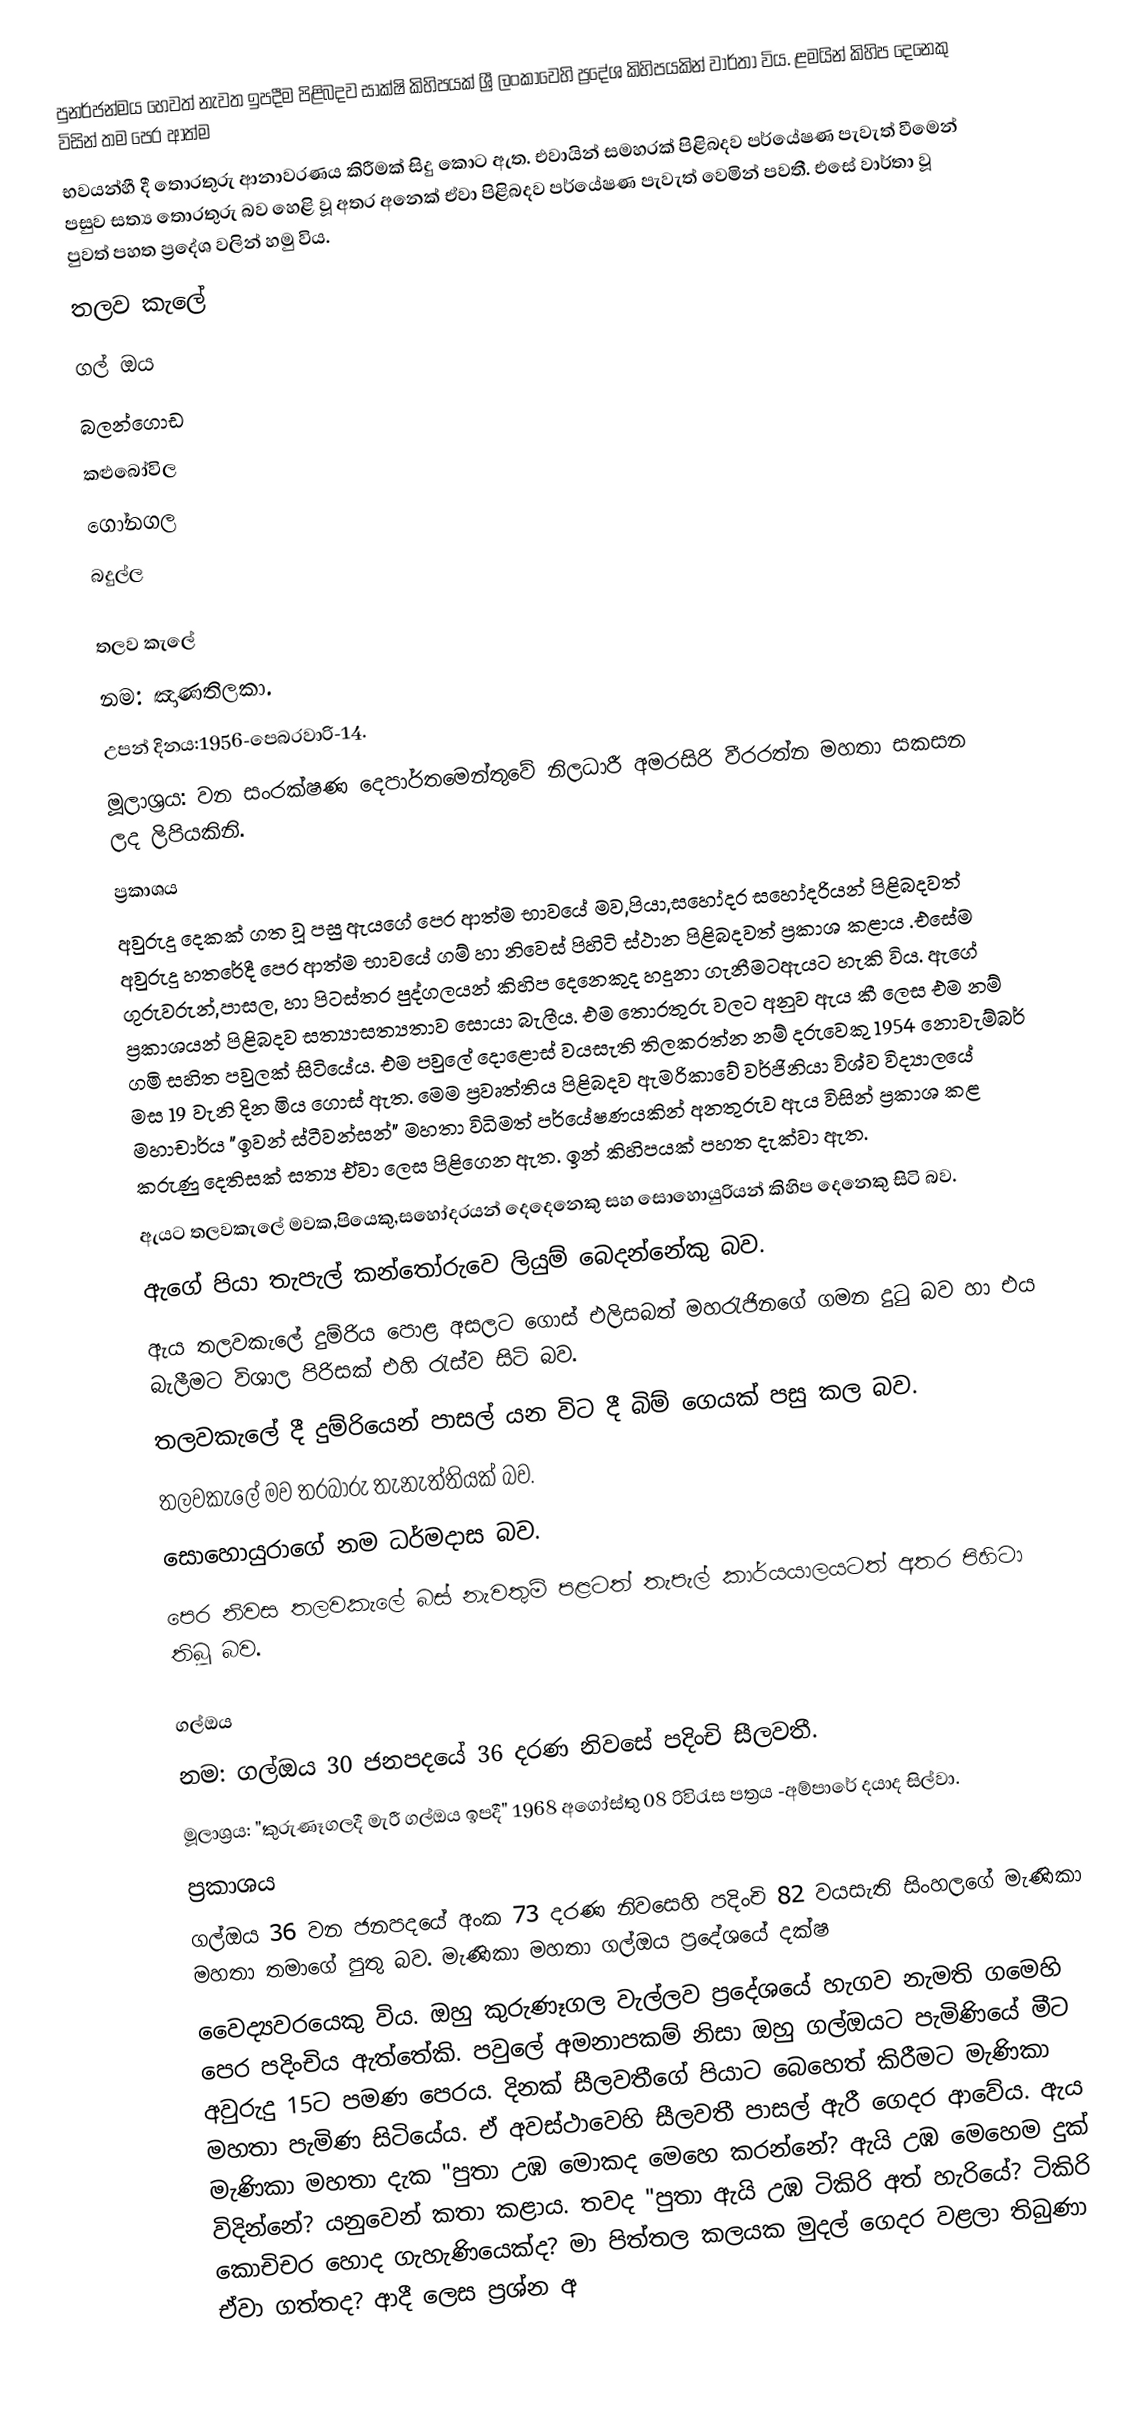
පුනර්ජන්මය හෙවත් නැවත ඉපදීම පිළිබදව සාක්ෂි කිහිපයක් ශ්‍රී ලංකාවෙහි ප්‍ර‍දේශ කිහිපයකින් වාර්තා විය. ළමයින් කිහිප දෙනෙකු විසින් තම පෙර ආත්ම
භවයන්හී දී  තොරතුරු ආනාවරණය කිරීමක් සිදු කොට ඇත. එවායින් සමහරක් පිළිබදව පර්යේෂණ පැවැත් වීමෙන් පසුව සත්‍ය තොරතුරු බව හෙළි වූ අතර අනෙක් ඒවා පිළිබදව පර්යේෂණ පැවැත් වෙමින් පවතී. එසේ වාර්තා වූ පුවත් පහත ප්‍රදේශ වලින් හමු විය.
තලව කැලේ
ගල් ඔය
බලන්ගොඩ
කළුබෝවිල
ගෝනගල
බදුල්ල

තලව කැලේ
නම: ඤාණතිලකා.
උපන් දිනය:1956-පෙබරවාරි-14.
මූලාශ්‍රය: වන සංරක්ෂණ දෙපාර්ත‍මෙන්තුවේ නිලධාරී අමරසිරි වීරරත්න මහතා සකසන ලද ලිපියකිනි.
ප්‍රකාශය
අවුරුදු දෙකක් ගත වූ පසු ඇයගේ පෙර ආත්ම භාවයේ මව,පියා,සහෝදර සහෝදරියන් පිළිබදවත් අවුරුදු හතරේදී  පෙර ආත්ම භාවයේ ගම් හා නිවෙස් පිහිටි ස්ථාන පිළිබදවත් ප්‍රකාශ කළාය .එසේම ගුරුවරුන්,පාසල, හා පිටස්තර පුද්ගලයන් කිහිප දෙනෙකුද හදුනා ගැනීමටඇයට හැකි විය. ඇගේ ප්‍රකාශයන් පිළිබදව සත්‍යාසත්‍යතාව සොයා බැලීය. එම තොරතුරු වලට අනුව ඇය කී ලෙස එම නම් ගමි සහිත පවුලක් සිටියේය. එම පවුලේ දොළොස් වයසැති තිලකරත්න නම් දරුවෙකු 1954 නොවැම්බර්  මස 19 වැනි දින මිය ගොස් ඇත. මෙම ප්‍රවෘත්තිය පිළිබදව ඇමරිකාවේ වර්ජිනියා විශ්ව විද්‍යාලයේ මහාචාර්ය "ඉවන් ස්ටීවන්සන්" මහතා විධිමත් පර්යේෂණයකින් අනතුරුව ඇය විසින් ප්‍රකාශ කළ කරුණු දෙතිසක් සත්‍ය ඒවා ලෙස පිළිගෙන ඇත. ඉන් කිහිපයක් පහත දැක්වා ඇත.
ඇයට තලවකැලේ මවක,පියෙකු,සහෝදරයන් දෙදෙනෙකු සහ සොහොයුරියන් කිහිප දෙනෙකු සිටි බව.
ඇගේ පියා තැපැල් කන්තෝරුවෙ ලියුම් බෙදන්නේකු බව.
ඇය තලවකැලේ දුම්රිය පොළ අසලට ගොස් එලිසබත් මහරැජිනගේ ගමන දුටු බව හා එය බැලීමට විශාල පිරිසක් එහි රැස්ව සිටි බව.
තලවකැලේ දී දුම්රියෙන් පාසල් යන විට දී බිම් ගෙයක් පසු කල බව.
තලවකැලේ මව තරබාරු තැනැත්තියක් බව.
සොහොයුරාගේ නම ධර්මදාස බව.
පෙර නිවස තලවකැලේ බස් නැවතුම් පළටත් තැපැල් කාර්යයාලයටත් අතර පිහිටා තිබූ බව.

ගල්ඔය
නම: ගල්ඔය 30 ජනපදයේ 36 දරණ  නිවසේ පදිංචි සීලවතී.
මූලාශ්‍රය: "කුරුණෑගලදී මැරී ගල්ඔය ඉපදී" 1968 අගෝස්තු  08 රිවිරැස පත්‍රය -අම්පාරේ දයාද සිල්වා.
ප්‍රකාශය
ගල්ඔය 36 වන ජනපදයේ අංක 73 දරණ නිවසෙහි පදිංචි 82 වයසැති සිංහලගේ මැණිකා මහතා තමාගේ පුතු බව. මැණිකා මහතා ගල්ඔය ප්‍රදේශයේ දක්ෂ
වෛද්‍යවරයෙකු විය. ඔහු කුරුණෑගල වැල්ලව ප්‍රදේශයේ හැගව නැමති ගමෙහි පෙර පදිංචිය ඇත්තේකි. පවුලේ අමනාපකම් නිසා ඔහු ගල්ඔයට පැමිණියේ මීට අවුරුදු 15ට පමණ පෙරය. දිනක් සීලවතීගේ පියාට බෙහෙත් කිරීමට මැණිකා මහතා පැමිණ සිටියේය. ඒ අවස්ථාවෙහි සීලවතී පාසල් ඇරී ගෙදර ආවේය. ඇය මැණිකා මහතා දැක "පුතා උඹ මොකද මෙහෙ කරන්නේ? ඇයි උඹ මෙහෙම දුක් විදින්නේ? යනුවෙන් කතා කළාය. තවද "පුතා ඇයි උඹ ටිකිරි අත් හැරියේ? ටිකිරි කොචිචර හොද ගැහැණියෙක්ද? මා පිත්තල කලයක මුදල් ගෙදර වළලා තිබුණා ඒවා ගත්තද? ආදී ලෙස ප්‍රශ්න අ